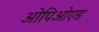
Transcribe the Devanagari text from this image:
ओपिओएड